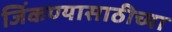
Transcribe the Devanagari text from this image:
जिंकण्यासाठीच्या